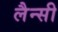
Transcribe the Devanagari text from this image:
लैन्सी